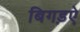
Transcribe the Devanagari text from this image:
बिगड़ऐ